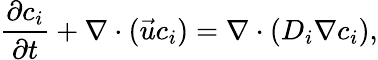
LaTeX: \frac{\partial{c}_{i}}{\partial t}+\nabla\cdot(\vec{u}{c}_{i})=\nabla\cdot(D_{i}{\nabla}{c}_{i}),